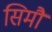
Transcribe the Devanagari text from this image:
सिमौं